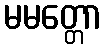
မမတ္တော